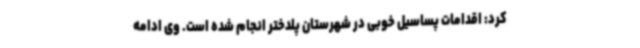
کرد: اقدامات پساسیل خوبی در شهرستان پلدختر انجام شده است. وی ادامه